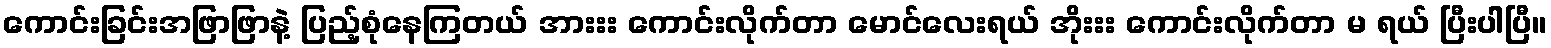
ကောင်းခြင်းအဖြာဖြာနဲ့ ပြည့်စုံနေကြတယ် အားးး ကောင်းလိုက်တာ မောင်လေးရယ် အိုးးး ကောင်းလိုက်တာ မ ရယ် ပြီးပါပြီ။